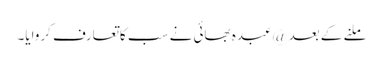
ملنے کے بعد @عبدہ بھائی نے سب کاتعارف کروایا۔